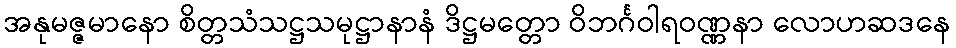
အနုမဇ္ဇမာနော စိတ္တသံသဋ္ဌသမုဋ္ဌာနာနံ ဒိဋ္ဌမတ္တော ဝိဘင်္ဂဝါရဝဏ္ဏနာ လောဟဆဒနေ